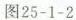
图25-1-2